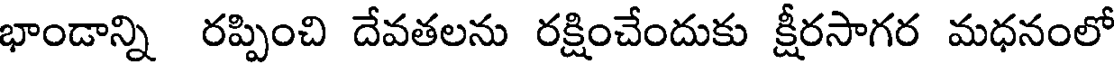
భాండాన్ని రప్పించి దేవతలను రక్షించేందుకు క్షీరసాగర మధనంలో